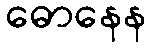
ဓောနေန